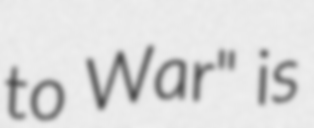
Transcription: to War" is